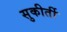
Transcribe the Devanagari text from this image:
सुकीर्ती